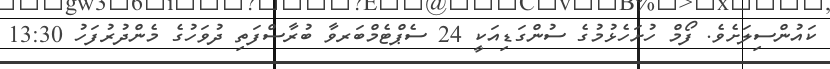
ކައުންސިލަށެވެ. ފޯމް ހުށަހެޅުމުގެ ސުންގަޑިއަކީ 24 ސެޕްޓެމްބަރވާ ބުރާސްފަތި ދުވަހުގެ މެންދުރުފަހު 13:30